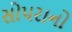
સોપરાનો